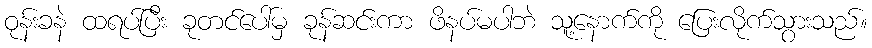
ဝုန်းခနဲ ထရပ်ပြီး ခုတင်ပေါ်မှ ခုန်ဆင်းကာ ဖိနပ်မပါဘဲ သူ့နောက်ကို ပြေးလိုက်သွားသည်။